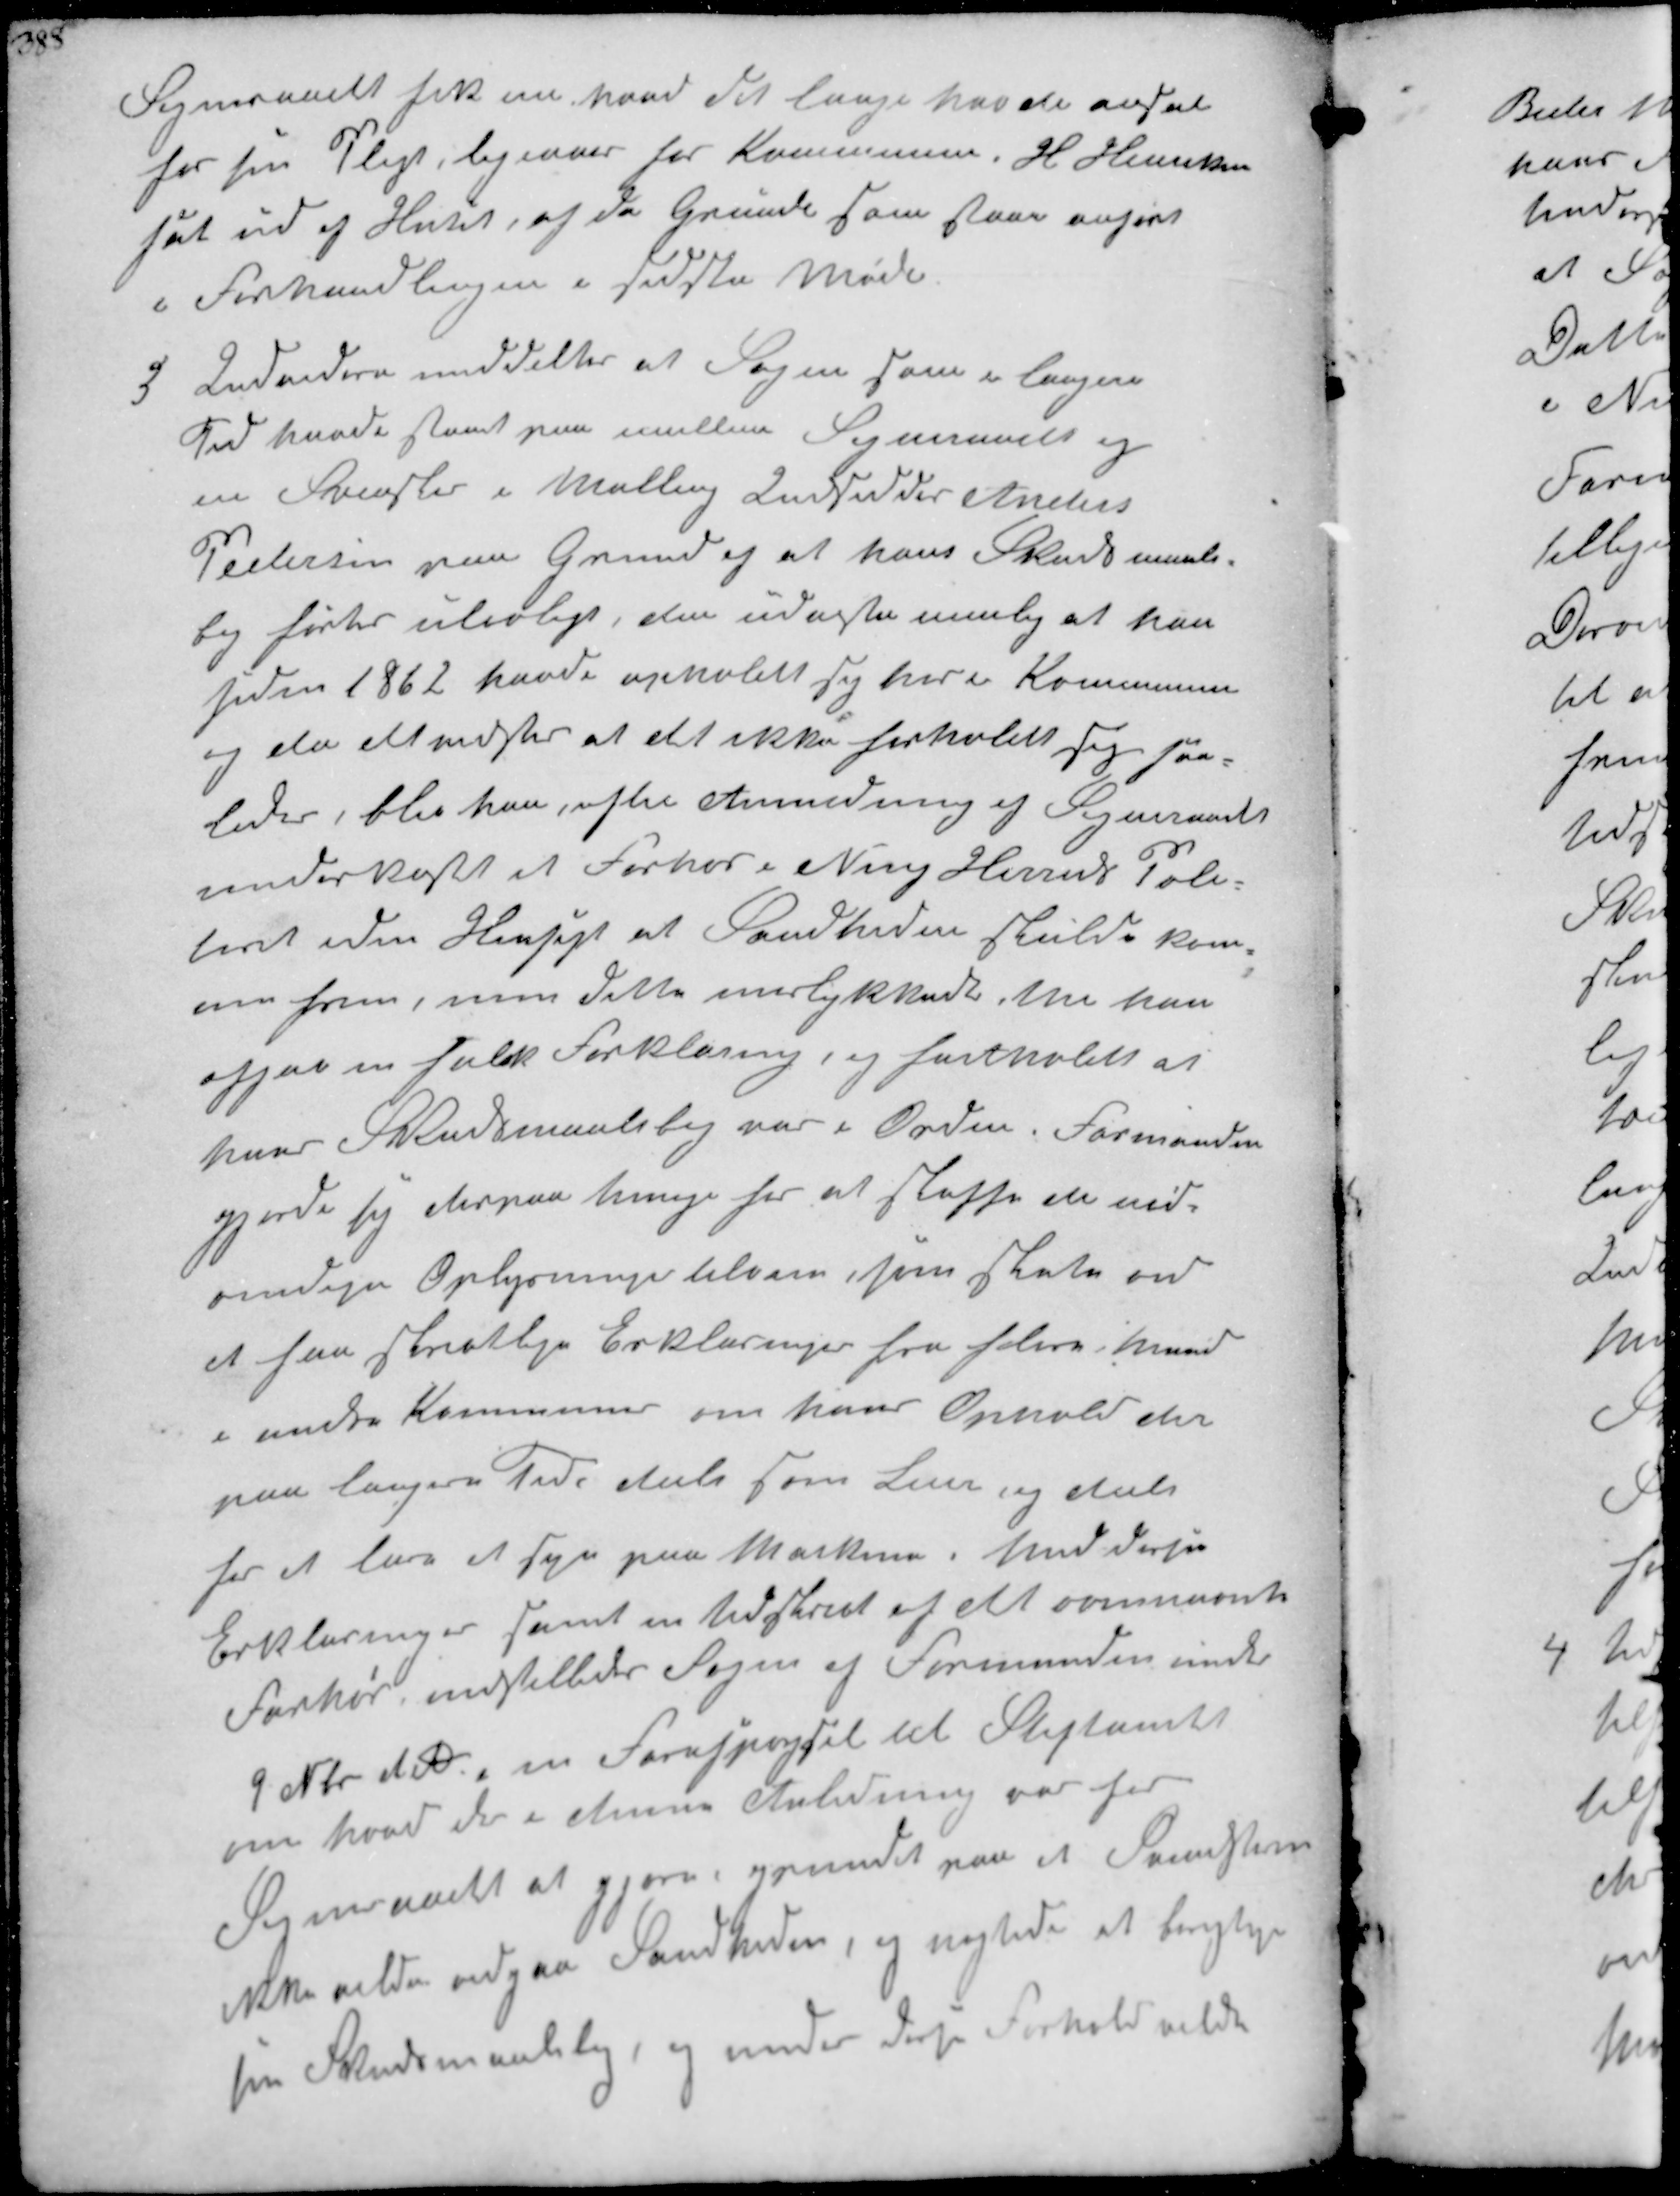
Transskription:
Sognraadet fik nu naaet det lange havde anset
for sin Pligt, ligeover for Kommunen. H Hansen
sat ud af Huset af de Grunde som staar anført
i Forhandlingen i sidste Møde.

3
Endvidere meddeltes at Sagen som i længere
Tid havde staaet paa imellem Sogneraadet og
en Svensker i Malling Indsidder Anders
Pedersen paa Grund af at hans Skudmaals-
bog førtes ulovligt, den udagtes mulig at han
siden 1862 havde opholdt sig her i Communen
og da det vidstes at det ikke forholdt sig saa-
ledes, blev han, efter Anmodning af Sogneraadet
underkastet et Forhør i Ning Herreds Poli-
teret iden Hensigt at Sandheden skulde kom-
me frem men dette mislykkedes idet han
afgav en falsk Forklaring, og fastholdt at
hans Skudsmaalsbog var i Orden. Formanden
gjorde sig derpaa tinge for at skaffe de nød-
vendige Oplysninger tilveje, som skete ved
at faa adskillige Erklæringer fra flere Mand
i andre Kommuner om hans Ophold der
paa længere Tid dels som Lejer og dels
for at lære at saa paa Marken. Med disse
Erklæringer samt en Udskrift af det ovennævnte
Forhør, indstilledes Sagen af Formanden under
9 Nbr A D en Forespørgsel til Stiftamtet 
om hvad der i denne Anledning var for
Sogneraadet at gjøre grundet paa at Svenskeren
ikke vilde vedgaa Sandheden, og nægtede at berigtige
sin Skudsmaalsbog, og under disse Forhold vilde